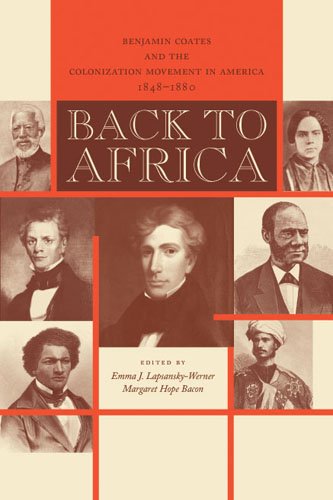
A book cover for Back to Africa: Benjamin Coates and the Colonization Movement in America, 1848-1880; Crafts, Hobbies & Home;